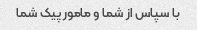
با سپاس از شما و مامور پیک شما